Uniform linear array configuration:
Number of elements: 12
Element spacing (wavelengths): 0.5
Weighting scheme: kaiser
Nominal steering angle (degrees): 45
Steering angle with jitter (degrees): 45.577
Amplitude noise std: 0.05
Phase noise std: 0.05

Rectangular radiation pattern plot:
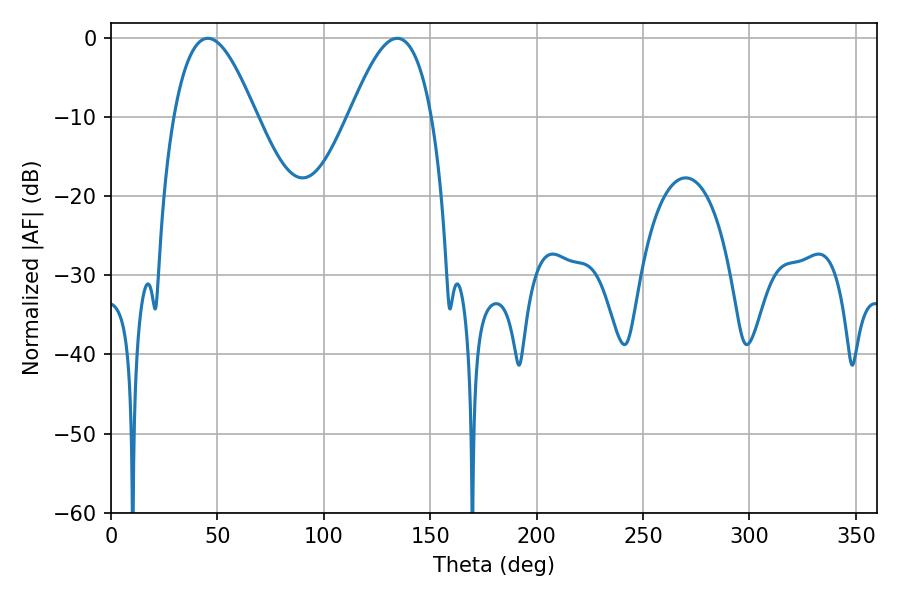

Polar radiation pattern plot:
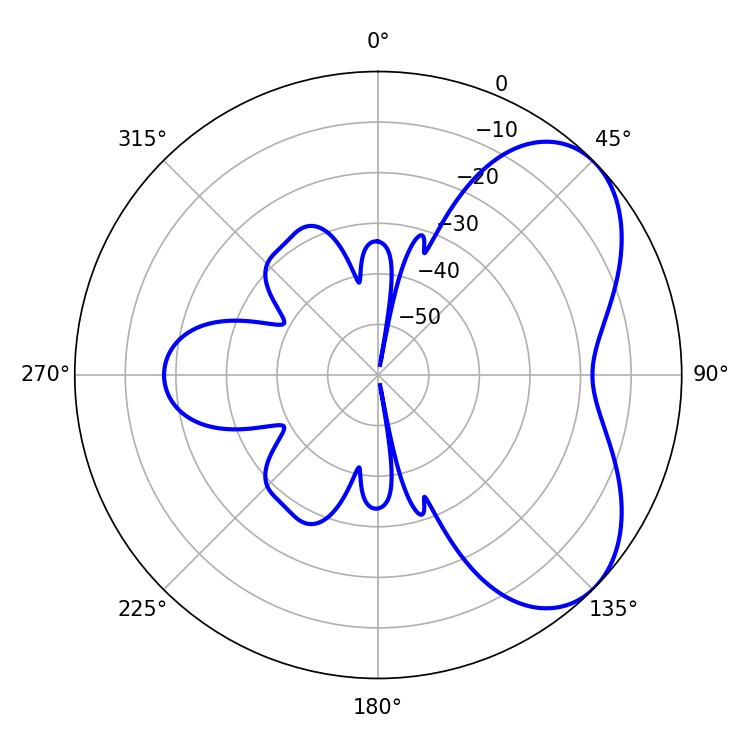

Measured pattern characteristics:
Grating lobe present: FALSE
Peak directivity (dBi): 5.345
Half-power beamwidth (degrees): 21.06
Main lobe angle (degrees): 45.54